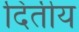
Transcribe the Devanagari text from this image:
दितीय